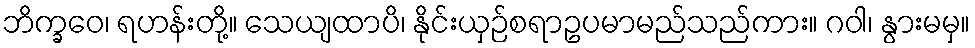
ဘိက္ခဝေ၊ ရဟန်းတို့။ သေယျထာပိ၊ နိုင်းယှဉ်စရာဥပမာမည်သည်ကား။ ဂဝါ၊ နွားမမှ။